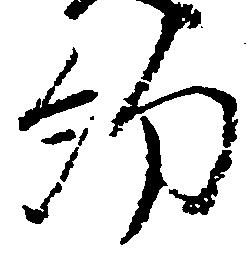
約